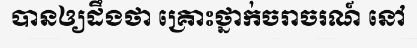
បានឲ្យដឹងថា គ្រោះថ្នាក់ចរាចរណ៍ នៅ